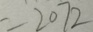
= 2 0 7 2